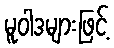
မူဝါဒများဖြင့်